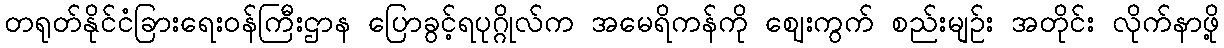
တရုတ်နိုင်ငံခြားရေးဝန်ကြီးဌာန ပြောခွင့်ရပုဂ္ဂိုလ်က အမေရိကန်ကို ဈေးကွက် စည်းမျဉ်း အတိုင်း လိုက်နာဖို့